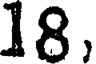
18,